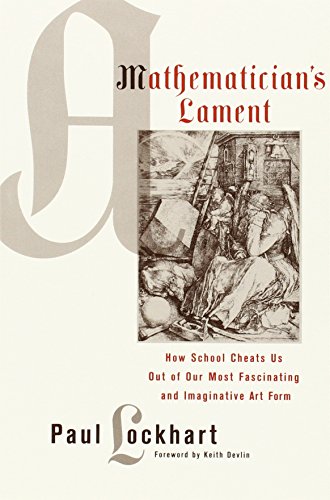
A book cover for A Mathematician's Lament: How School Cheats Us Out of Our Most Fascinating and Imaginative Art Form; Paul Lockhart; Science & Math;